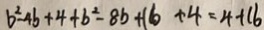
b ^ { 2 } - 4 b + 4 + b ^ { 2 } - 8 b + 1 6 + 4 = 4 + 1 6